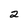
Character: 2